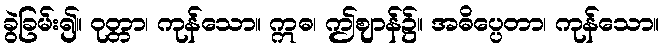
ခွဲခြမ်း၍။ ဝုတ္တာ၊ ကုန်သော။ ဣဓ၊ ဤဈာန်၌။ အဓိပ္ပေတာ၊ ကုန်သော။